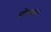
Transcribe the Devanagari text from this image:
सोखता।